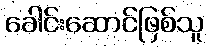
ခေါင်းဆောင်ဖြစ်သူ